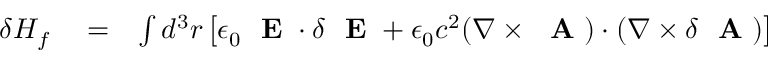
\begin{array} { r l r } { \delta H _ { f } } & { { } = } & { \int d ^ { 3 } r \left[ \epsilon _ { 0 } \mathrm { ~ \bf ~ E ~ } \cdot \delta \mathrm { ~ \bf ~ E ~ } + \epsilon _ { 0 } c ^ { 2 } ( \nabla \times \mathrm { ~ \bf ~ A ~ } ) \cdot ( \nabla \times \delta \mathrm { ~ \bf ~ A ~ } ) \right] } \end{array}